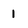
Character: i